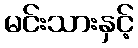
မင်းသားနှင့်